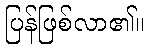
ပြန်ဖြစ်လာ၏။